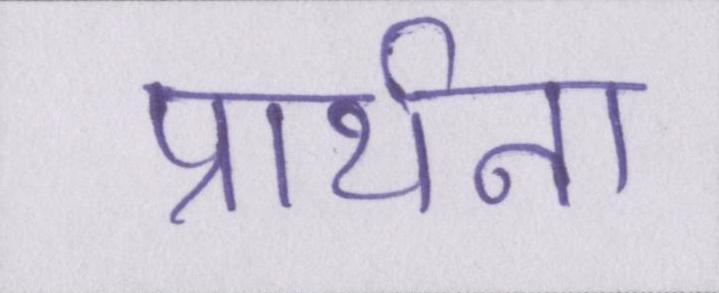
प्रार्थना